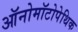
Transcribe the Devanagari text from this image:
ऑनोमॉटोपेथिक